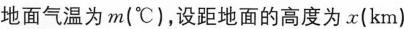
地面气温为 m(°C)，设距地面的高度为 x(km)